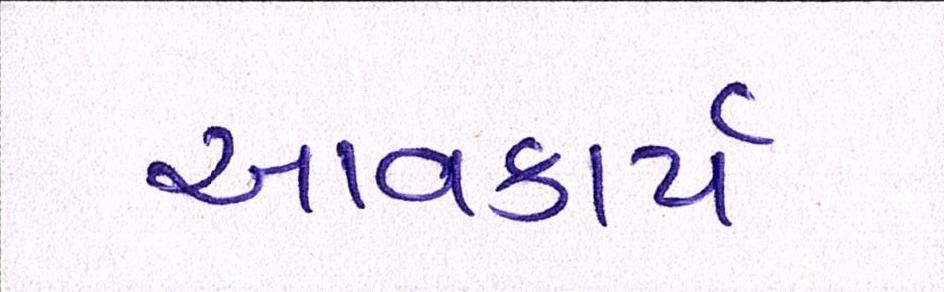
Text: આવકાર્ય